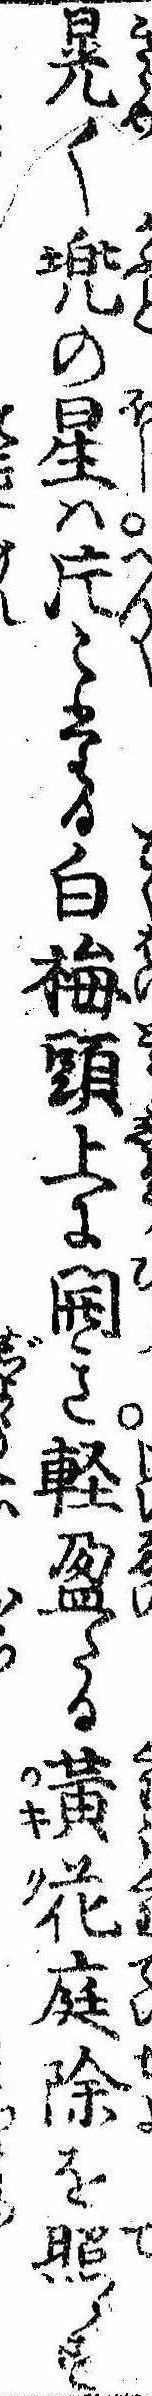
晃く兜の星は片〻たる白梅頭上に開き軽盈たる黄花庭除を照らす